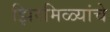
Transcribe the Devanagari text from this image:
झिरमिळ्यांचे